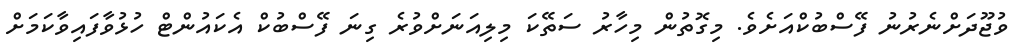
ވުޖޫދަށްނެރުނު ފޭސްބުކްއަށެވެ. މިގޮތުން މިހާރު ސަތޭކަ މިލިއަނަށްވުރެ ގިނަ ފޭސްބުކް އެކައުންޓް ހުޅުވާފައިވާކަމަށް